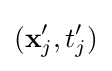
(\mathbf {x} _{j}',t_{j}')